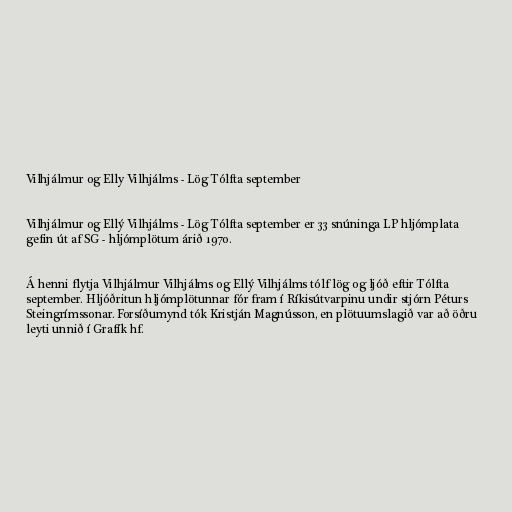
Vilhjálmur og Elly Vilhjálms - Lög Tólfta september

Vilhjálmur og Ellý Vilhjálms - Lög Tólfta september er 33 snúninga LP hljómplata
gefin út af SG - hljómplötum árið 1970.

Á henni flytja Vilhjálmur Vilhjálms og Ellý Vilhjálms tólf lög og ljóð eftir Tólfta
september. Hljóðritun hljómplötunnar fór fram í Ríkisútvarpinu undir stjórn Péturs
Steingrímssonar. Forsíðumynd tók Kristján Magnússon, en plötuumslagið var að öðru
leyti unnið í Grafík hf.